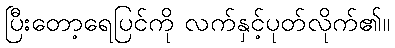
ပြီးတော့ရေပြင်ကို လက်နှင့်ပုတ်လိုက်၏။